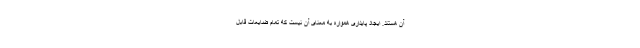
آن هستند. ایجاد پایداری همواره به معنای آن نیست که تمام ضایعات قابل